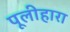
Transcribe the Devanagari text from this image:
पूलीहारा